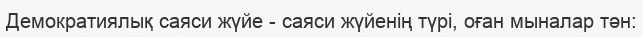
Демократиялық саяси жүйе - саяси жүйенің түрі, оған мыналар тән: